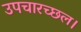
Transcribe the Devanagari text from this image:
उपचारच्छल।